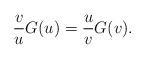
LaTeX: \begin{align*}\frac v u G(u) = \frac u v G(v) .\end{align*}